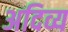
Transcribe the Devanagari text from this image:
अदिव्य